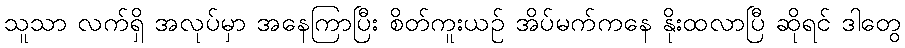
သူသာ လက်ရှိ အလုပ်မှာ အနေကြာပြီး စိတ်ကူးယဉ် အိပ်မက်ကနေ နိုးထလာပြီ ဆိုရင် ဒါတွေ